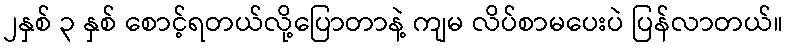
၂နှစ် ၃ နှစ် စောင့်ရတယ်လို့ပြောတာနဲ့ ကျမ လိပ်စာမပေးပဲ ပြန်လာတယ်။